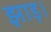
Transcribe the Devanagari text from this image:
झाड़।